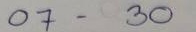
07 - 30